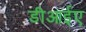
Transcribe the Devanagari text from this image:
डीआईए